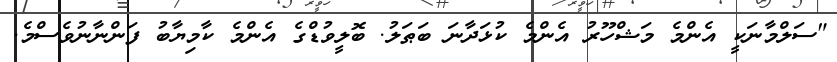
"ސަލްމާނަކީ އެންމެ މަޝްހޫރު އެންމެ ކުޅަދާނަ ބަޠަލު. ބޮލީވުޑްގެ އެންމެ ކާމިޔާބު ފަންނާނުވެސްމެ.